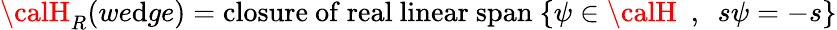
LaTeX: {\calH}_{R}(we\mathrm{d}ge)=\mathrm{{closure~of~real~linear~span}}~\{ \psi\in{\calH}~~,~~s\psi=-s\}